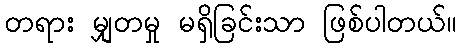
တရား မျှတမှု မရှိခြင်းသာ ဖြစ်ပါတယ်။